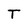
Character: T